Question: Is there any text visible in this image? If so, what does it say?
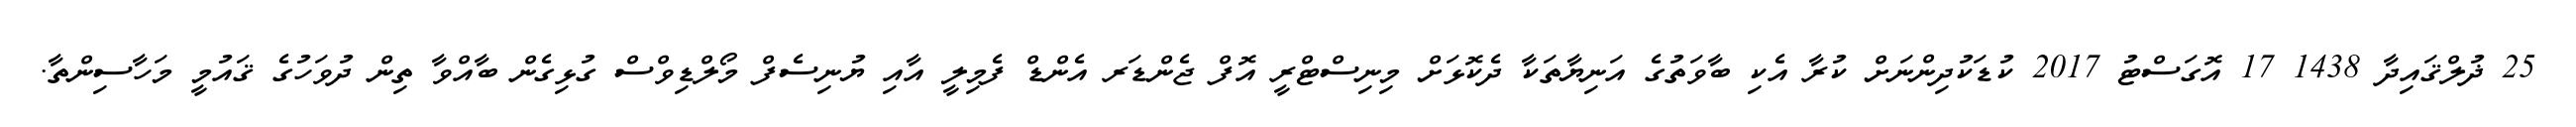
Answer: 25 ޛުލްޤައިދާ 1438 17 އޮގަސްޓު 2017 ކުޑަކުދިންނަށް ކުރާ އެކި ބާވަތުގެ އަނިޔާތަކާ ދެކޮޅަށް މިނިސްޓްރީ އޮފް ޖެންޑަރ އެންޑް ފެމިލީ އާއި ޔުނިސެފް މޯލްޑިވްސް ގުޅިގެން ބާއްވާ ތިން ދުވަހުގެ ޤައުމީ މަހާސިންތާ.